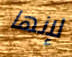
لإنها